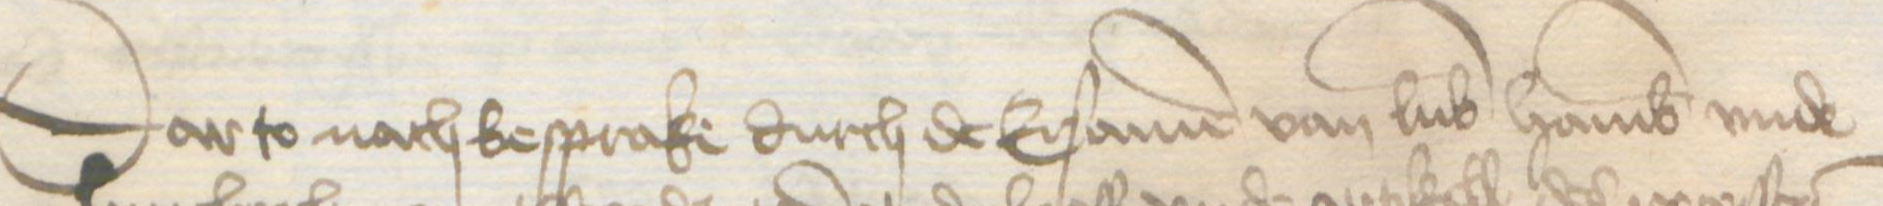
Transcription: Darto nach besprake durch de Ersamen van Lubek Hamburg vnde